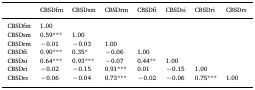
<table><thead><tr><td></td><td><b>CBSDfm</b></td><td><b>CBSDsm</b></td><td><b>CBSDrm</b></td><td><b>CBSDfi</b></td><td><b>CBSDsi</b></td><td><b>CBSDri</b></td><td><b>CBSDrs</b></td></tr></thead><tbody><tr><td>CBSDfm</td><td>1.00</td><td></td><td></td><td></td><td></td><td></td><td></td></tr><tr><td>CBSDsm</td><td>0.59***</td><td>1.00</td><td></td><td></td><td></td><td></td><td></td></tr><tr><td>CBSDrm</td><td>−0.01</td><td>−0.03</td><td>1.00</td><td></td><td></td><td></td><td></td></tr><tr><td>CBSDfi</td><td>0.90***</td><td>0.35*</td><td>−0.06</td><td>1.00</td><td></td><td></td><td></td></tr><tr><td>CBSDsi</td><td>0.64***</td><td>0.93***</td><td>−0.07</td><td>0.44**</td><td>1.00</td><td></td><td></td></tr><tr><td>CBSDri</td><td>−0.02</td><td>−0.15</td><td>0.91***</td><td>0.01</td><td>−0.15</td><td>1.00</td><td></td></tr><tr><td>CBSDrs</td><td>−0.06</td><td>−0.04</td><td>0.73***</td><td>−0.02</td><td>−0.06</td><td>0.75***</td><td>1.00</td></tr></tbody></table>